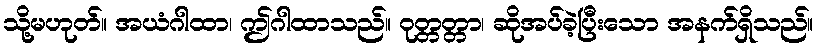
သို့မဟုတ်။ အယံဂါထာ၊ ဤဂါထာသည်။ ဝုတ္တတ္တာ၊ ဆိုအပ်ခဲ့ပြီးသော အနက်ရှိသည်။